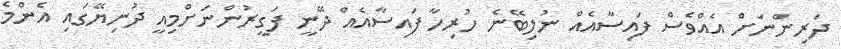
ދަރިންނަށް އެއްވެސް ފައިސާއެއް ނުލިބޭނެ ހުރިހާ ފައިސާއެއް ދޭނީ ފަގީރުންނަށްމިއީ ދުނިޔޭގައި އެންމެ